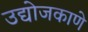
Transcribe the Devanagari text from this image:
उद्योजकाणे